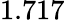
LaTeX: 1.717